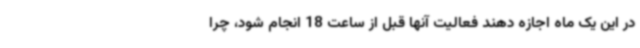
در این یک ماه اجازه دهند فعالیت آنها قبل از ساعت 18 انجام شود، چرا